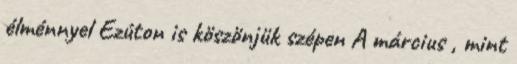
élménnyel Ezúton is köszönjük szépen A március , mint